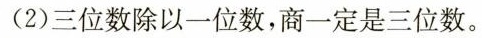
(2)三位数除以一位数，商一定是三位数。